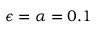
\epsilon = \alpha = 0 . 1